Indian journal of veterinary science and animal husbandry - Volume 3,
Year: 1933
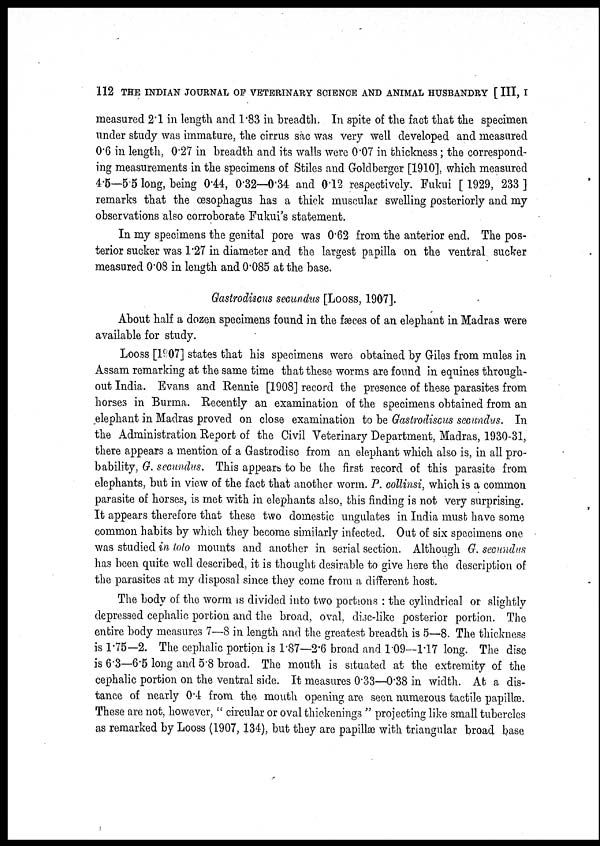
112 THE INDIAN JOURNAL OF VETERINARY SCIENCE AND ANIMAL HUSBANDRY [ III, I
measured 2.1 in length and 1.83 in breadth. In spite of the fact that the specimen
under study was immature, the cirrus sac was very well developed and measured
0 . 6 in length, 0.27 in breadth and its walls were 0.07 in thickness ; the correspond-
ing measurements in the specimens of Stiles and Goldberger [1910], which measured
4.5—5.5 long, being 0.44, 0.32—0.34 and 0.12 respectively. Fukui [ 1929, 233 ]
remarks that the œsophagus has a thick muscular swelling posteriorly and my
observations also corroborate Fukui's statement.
In my specimens the genital pore was 0.62 from the anterior end. The pos-
terior sucker was 1.27 in diameter and the largest papilla on the ventral sucker
measured 0.08 in length and 0.085 at the base.
Gastrodiscus secundus [Looss, 1907].
About half a dozen specimens found in the fæces of an elephant in Madras were
available for study.
Looss [1907] states that his specimens were obtained by Giles from mules in
Assam remarking at the same time that these worms are found in equines through-
out India. Evans and Rennie [1908] record the presence of these parasites from
horses in Burma. Recently an examination of the specimens obtained from an
elephant in Madras proved on close examination to be Gastrodiscus secundus. In
the Administration Report of the Civil Veterinary Department, Madras, 1930-31,
there appears a mention of a Gastrodisc from an elephant which also is, in all pro-
bability, G. secundus. This appears to be the first record of this parasite from
elephants, but in view of the fact that another worm. P. collinsi, which is a common
parasite of horses, is met; with in elephants also, this finding is not very surprising.
It appears therefore that these two domestic ungulates in India must have some
common habits by which they become similarly infected. Out of six specimens one
was studied in lolo mounts and another in serial section. Although G. secundus
has been quite well described, it is thought desirable to give here the description of
the parasites at my disposal since they come from a different host.
The body of the worm is divided into two portions : the cylindrical or slightly
depressed cephalic portion and the broad, oval, disc-like posterior portion. The
entire body measures 7—8 in length and the greatest breadth is 5—8. The thickness
is 1.75—2. The cephalic portion is 1.87—2.6 broad and 1.09—1.17 long. The disc
is 6.3—6.5 long and 5.8 broad. The mouth is situated at the extremity of the
cephalic portion on the ventral side. It measures 0.33—0.38 in width. At a dis-
tance of nearly 0.4 from the mouth opening are seen numerous tactile papillæ.
These are not, however, " circular or oval thickenings " projecting like small tubercles
as remarked by Looss (1907, 134), but they are papillæ with triangular broad base